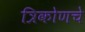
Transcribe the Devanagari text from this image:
त्रिकोणचे